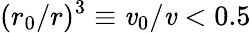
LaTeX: (r_{0}/r)^{3}\equiv\mathit{v}_{0}/\mathit{v}<0.5